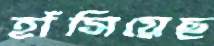
হাঁসিয়েছ